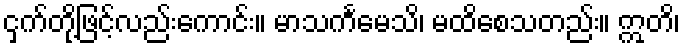
ငှက်တို့ဖြင့်လည်းကောင်း။ မာသင်္ကမေသိ၊ မထိစေသတည်း။ ဣတိ၊